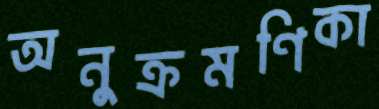
অনুক্রমণিকা